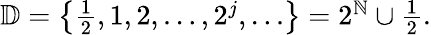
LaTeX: \begin{array}{r}{\mathbb D=\left\{ \frac{1}{2},1,2,\dots,2^{j},\dots\right\} =2^{\mathbb N}\cup\frac{1}{2}.}\end{array}